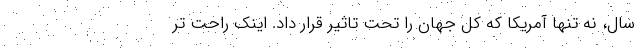
سال، نه تنها آمریکا که کل جهان را تحت تاثیر قرار داد. اینک راحت تر